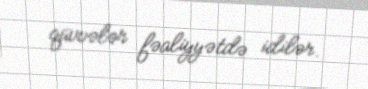
qüvvələr fəaliyyətdə idilər.